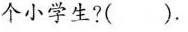
个小学生?( )。